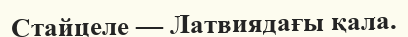
Стайцеле — Латвиядағы қала.